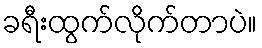
ခရီးထွက်လိုက်တာပဲ။